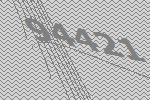
94421